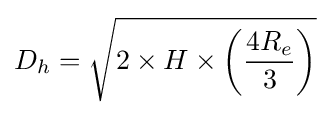
D_{h}={\sqrt {2\times H\times \left({\frac {4R_{e}}{3}}\right)}}